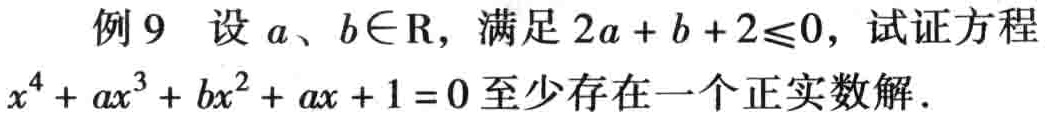
例 9 设 \(a、b\in\mathrm{R}\)，满足 \(2a + b + 2\leqslant0\)，试证方程 \(x^{4}+ax^{3}+bx^{2}+ax + 1 = 0\) 至少存在一个正实数解.